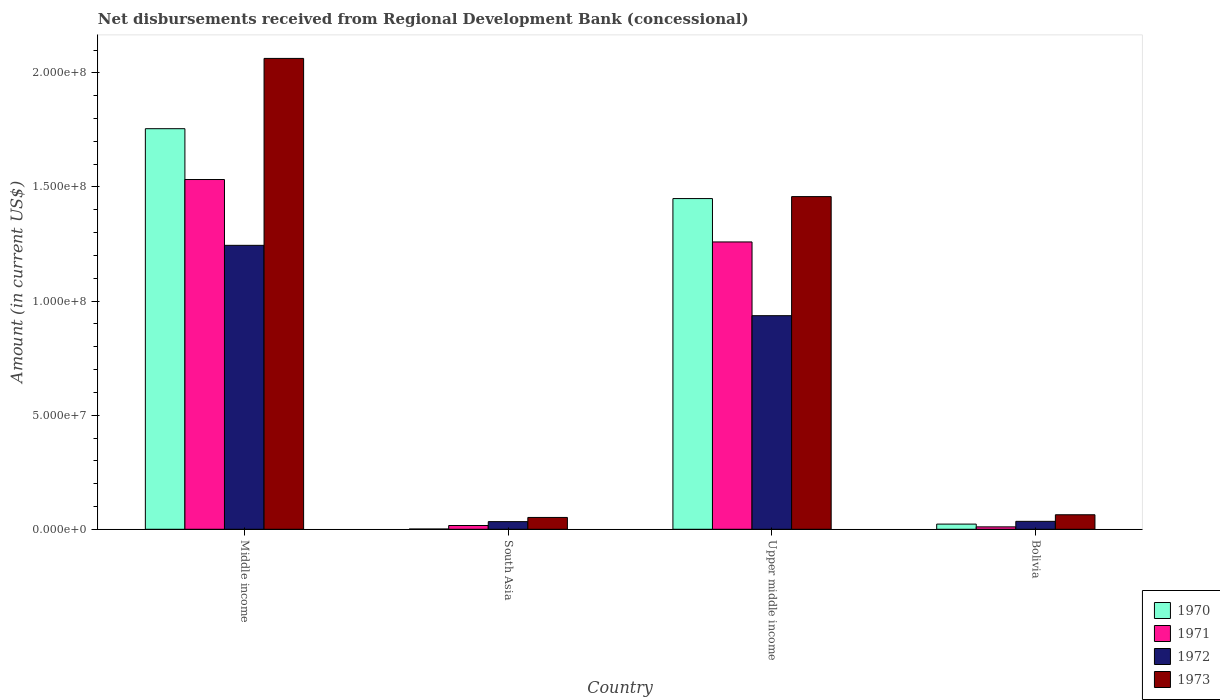
| Country | 1970 | 1971 | 1972 | 1973 |
 | --- | --- | --- | --- | --- |
 | Middle income | 1.76e+08 | 1.53e+08 | 1.24e+08 | 2.06e+08 |
 | South Asia | 1.09e+05 | 1.65e+06 | 3.35e+06 | 5.18e+06 |
 | Upper middle income | 1.45e+08 | 1.26e+08 | 9.36e+07 | 1.46e+08 |
 | Bolivia | 2.27e+06 | 1.06e+06 | 3.48e+06 | 6.36e+06 |